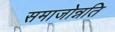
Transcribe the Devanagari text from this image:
समाजोन्नति